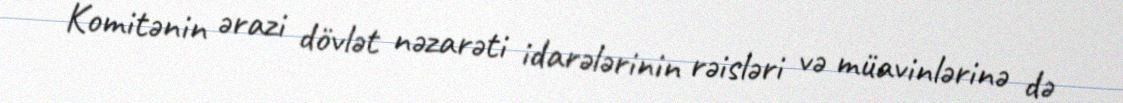
Komitənin ərazi dövlət nəzarəti idarələrinin rəisləri və müavinlərinə də